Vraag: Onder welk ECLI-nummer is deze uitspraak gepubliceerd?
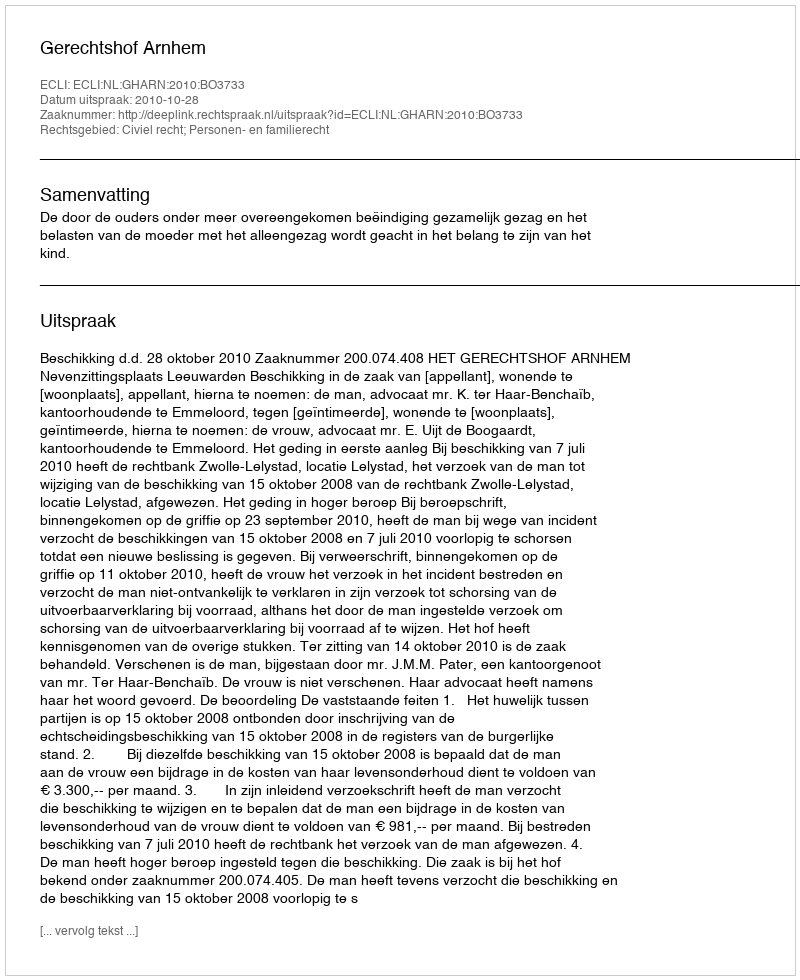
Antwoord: ECLI:NL:GHARN:2010:BO3733